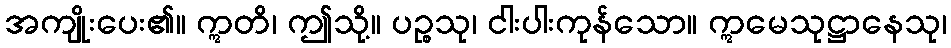
အကျိုးပေး၏။ ဣတိ၊ ဤသို့။ ပဉ္စသု၊ ငါးပါးကုန်သော။ ဣမေသုဋ္ဌာနေသု၊